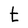
Character: t